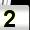
Digit: 2